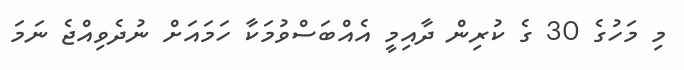
މި މަހުގެ 30 ގެ ކުރިން ދާއިމީ އެއްބަސްވުމަކާ ހަމައަށް ނުދެވިއްޖެ ނަމަ